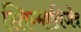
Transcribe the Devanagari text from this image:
स्तिग्मातिजेद